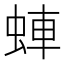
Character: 蛼